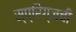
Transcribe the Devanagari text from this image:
स्प्रिंग्जची